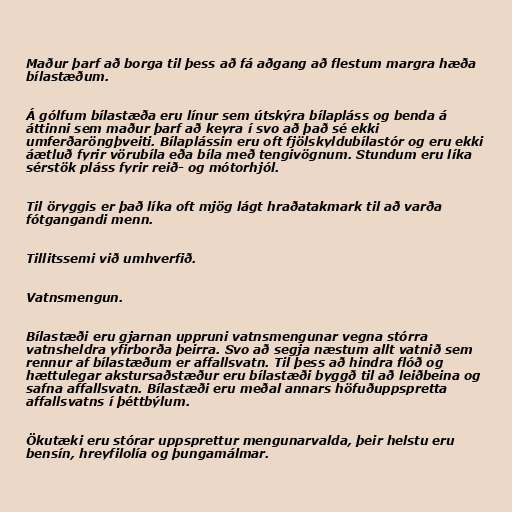
Maður þarf að borga til þess að fá aðgang að flestum margra hæða
bílastæðum.

Á gólfum bílastæða eru línur sem útskýra bílapláss og benda á
áttinni sem maður þarf að keyra í svo að það sé ekki
umferðaröngþveiti. Bílaplássin eru oft fjölskyldubílastór og eru ekki
áætluð fyrir vörubíla eða bíla með tengivögnum. Stundum eru líka
sérstök pláss fyrir reið- og mótorhjól.

Til öryggis er það líka oft mjög lágt hraðatakmark til að varða
fótgangandi menn.

Tillitssemi við umhverfið.

Vatnsmengun.

Bílastæði eru gjarnan uppruni vatnsmengunar vegna stórra
vatnsheldra yfirborða þeirra. Svo að segja næstum allt vatnið sem
rennur af bílastæðum er affallsvatn. Til þess að hindra flóð og
hættulegar akstursaðstæður eru bílastæði byggð til að leiðbeina og
safna affallsvatn. Bílastæði eru meðal annars höfuðuppspretta
affallsvatns í þéttbýlum.

Ökutæki eru stórar uppsprettur mengunarvalda, þeir helstu eru
bensín, hreyfilolía og þungamálmar.